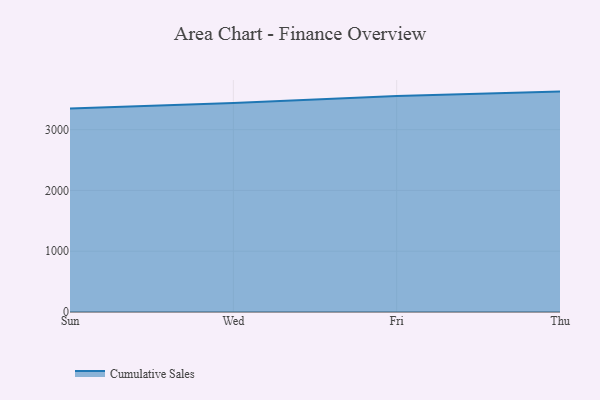
{"axis": {"x": "Day", "y": "Gross Profit (USD K)"}, "legend": ["Cumulative Sales"], "data": [{"x": "Sun", "y": 3346.4, "type": "Cumulative Sales"}, {"x": "Wed", "y": 3437.1, "type": "Cumulative Sales"}, {"x": "Fri", "y": 3554.4, "type": "Cumulative Sales"}, {"x": "Thu", "y": 3626.1, "type": "Cumulative Sales"}]}